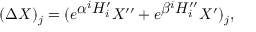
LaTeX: ( \Delta X ) _ { j } = ( e ^ { \textstyle \alpha ^ { i } H _ { i } ^ { \prime } } X ^ { \prime \prime } + e ^ { \textstyle \beta ^ { i } H _ { i } ^ { \prime \prime } } X ^ { \prime } ) _ { j } ,